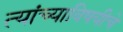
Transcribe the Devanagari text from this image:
त्यांच्याविषयीचे